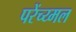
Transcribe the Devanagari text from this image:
परेंच्य्मल